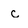
Character: c